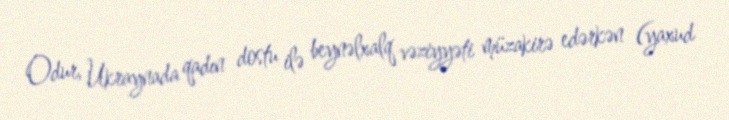
Odur, Ukraynada qadın dostu ilə beynəlxalq vəziyyəti müzakirə edərkən (yaxud